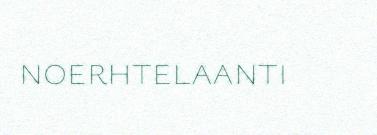
noerhtelaanti